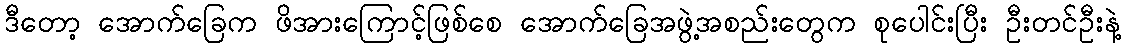
ဒီတော့ အောက်ခြေက ဖိအားကြောင့်ဖြစ်စေ အောက်ခြေအဖွဲ့အစည်းတွေက စုပေါင်းပြီး ဦးတင်ဦးနဲ့